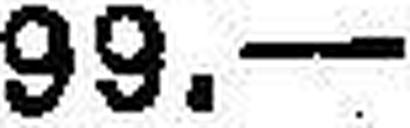
99.—